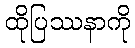
ထိုပြဿနာကို